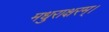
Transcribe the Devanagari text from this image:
मधुराक्षरम्‌।